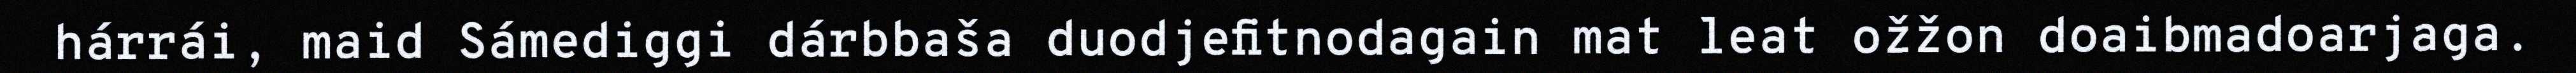
hárrái, maid Sámediggi dárbbaša duodjefitnodagain mat leat ožžon doaibmadoarjaga.